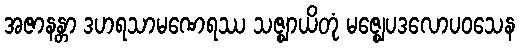
အဇာနန္တာ ဒဟရသာမဏေရဿ သဇ္ဈာယိတုံ မဇ္ဈေပဒလောပဝသေန